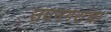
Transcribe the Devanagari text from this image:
उपनगरांचा